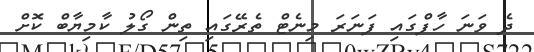
ދެ ވަނަ ހާފްގައި ފަނަރަ މިނެޓް ތެރޭގައި ތިން ގޯލު ކާމިޔާބް ކޮށް